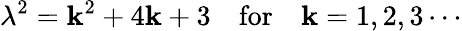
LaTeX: \lambda^{2}=\mathbf{k}^{2}+4\mathbf{k}+3\quad\mathrm{{for}}\quad\mathbf{k}=1,2,3\cdots